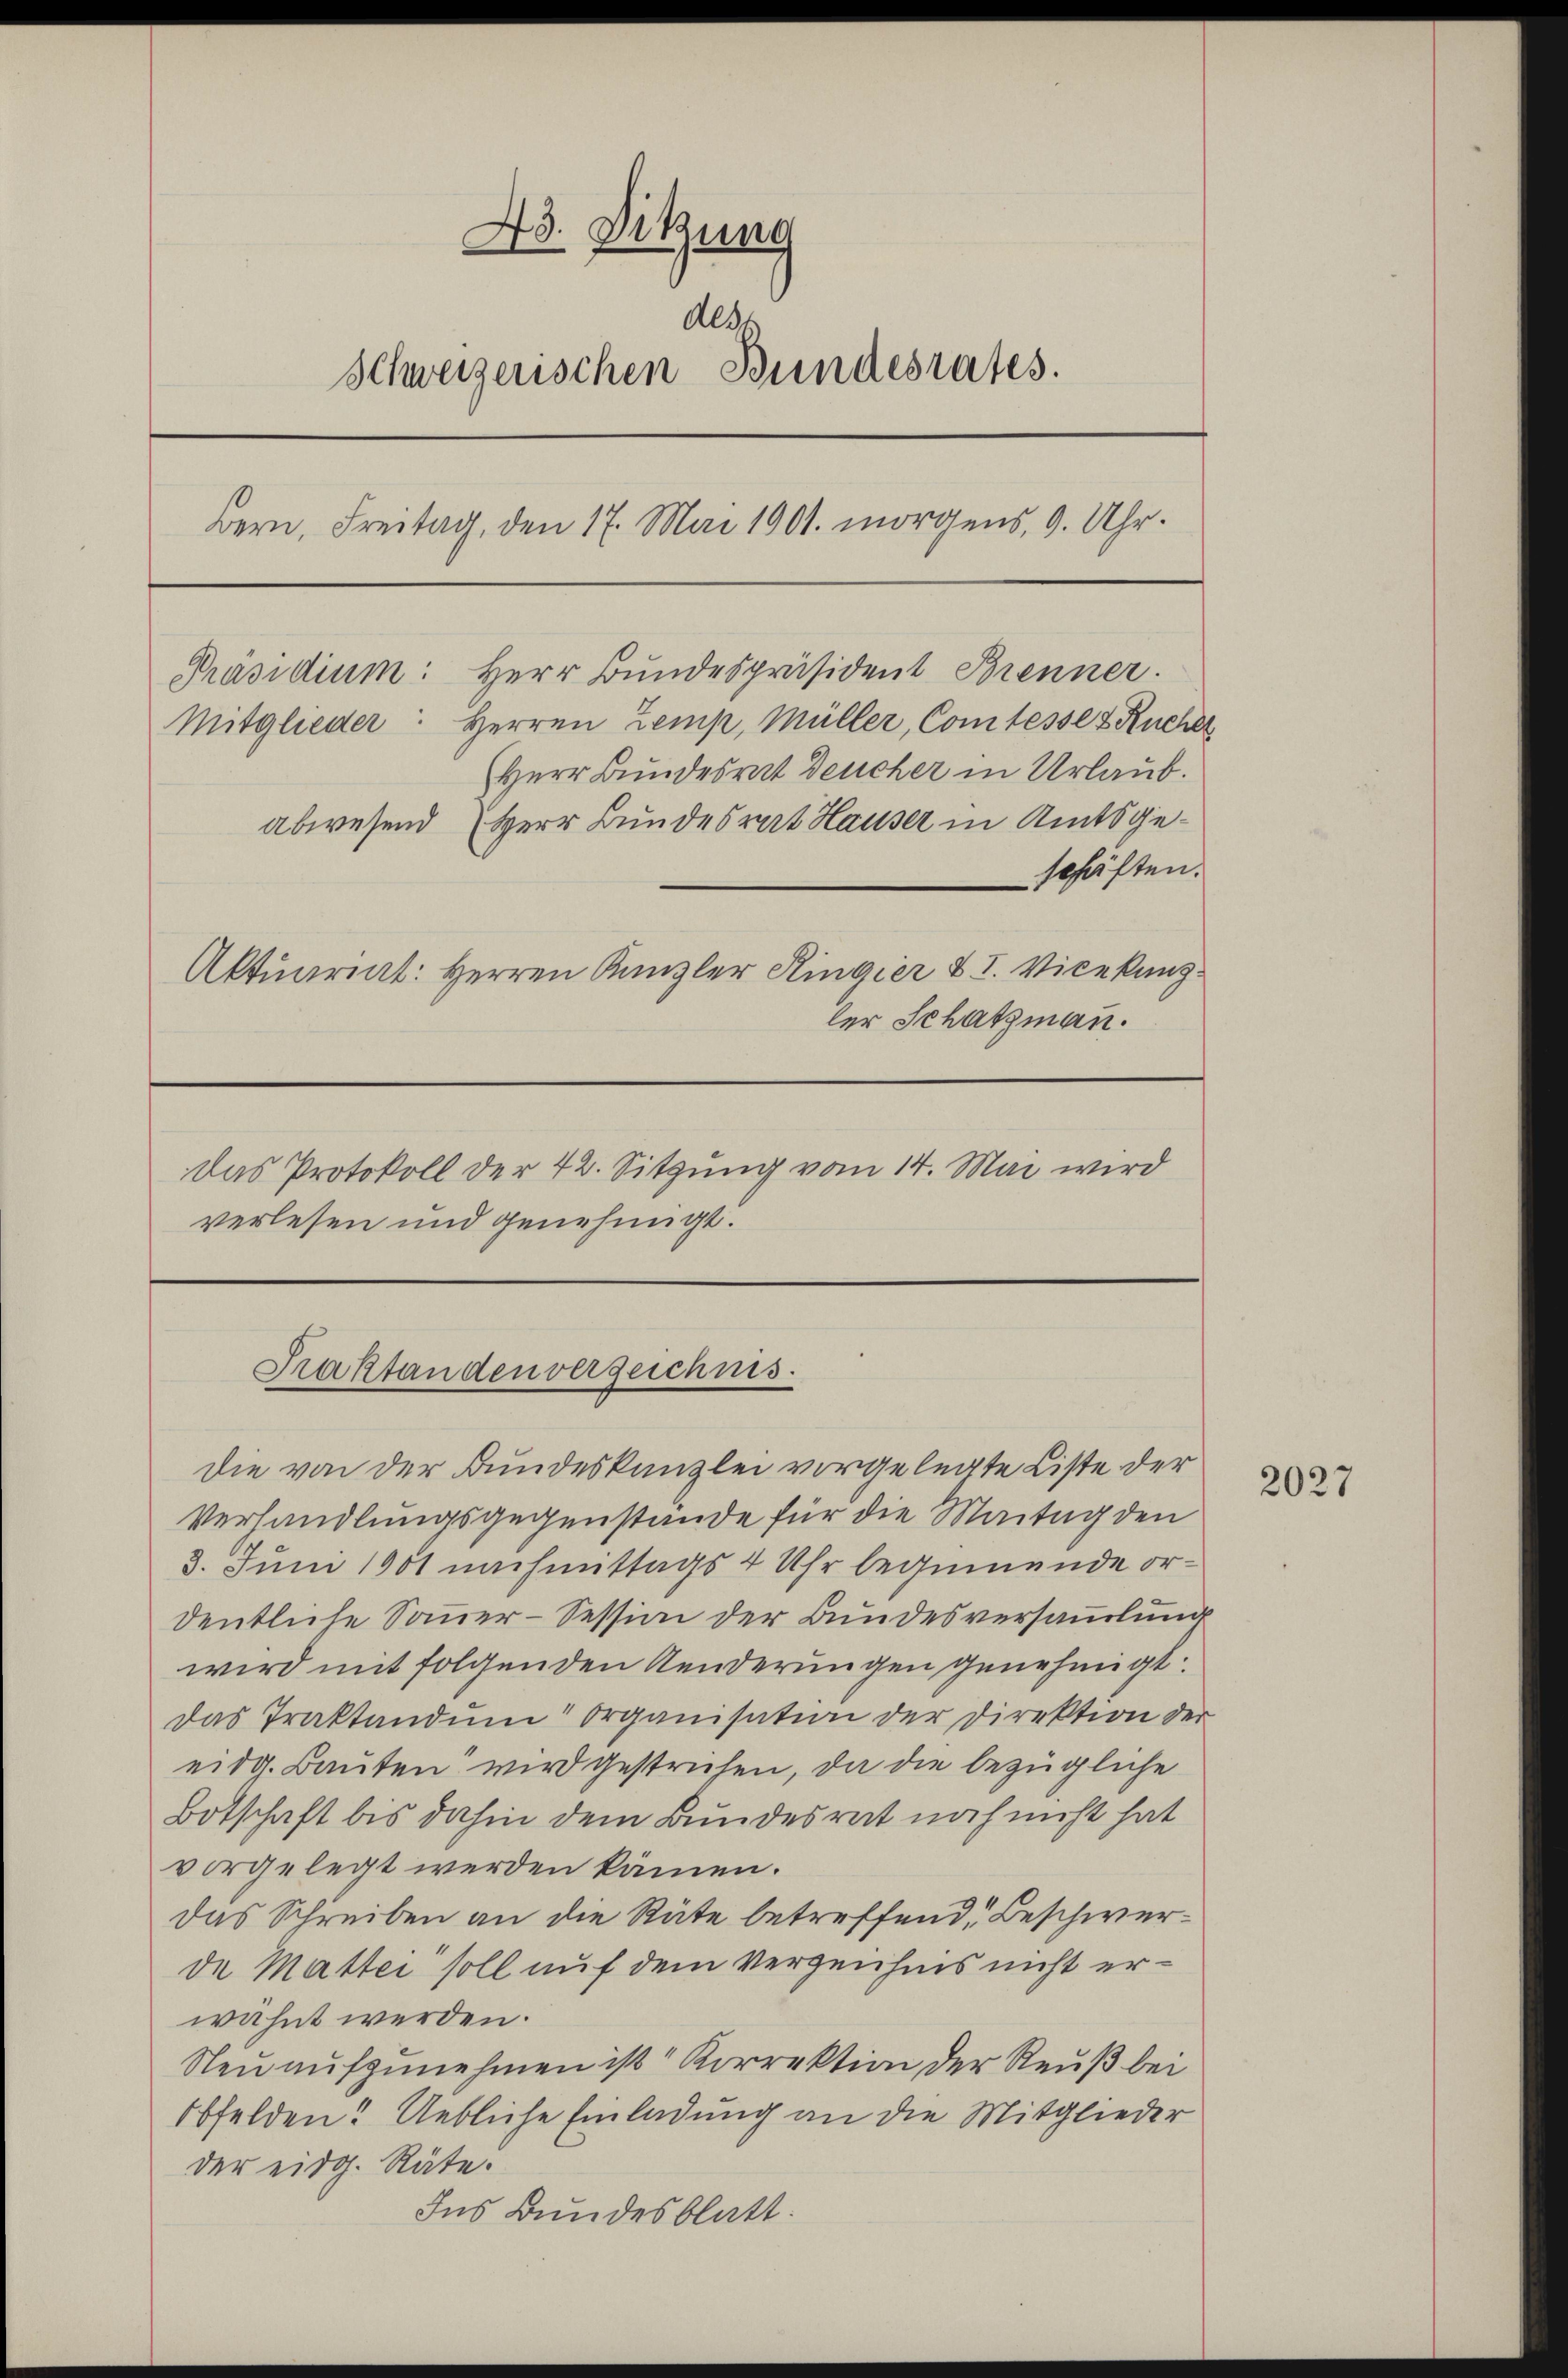
Präsidium: Herr Bundespräsident Brenner.

43. Sitzung
Als
Schweizerischen Bundesrates.
Bern, Freitag, den 17. Mai 1901. morgens, 9. Uhr.

Mitglieder: Herren Zemp, Müller, Comtesse & Rucher
Herr Bundesrat Deucher in Urlaub.
abwesend Herr Bundesrat Hauser in Amtsge¬
Aktuariat: Herren Kanzler Ringier u. I. Vicekanzler Schatzman.

verlesen und genehmigt.

Das Protokoll der 42. Sitzung vom 14. Mai wird

schäften.

Praktanden vergeichnis.

die von der Bundeskanzlei vorgelegte Liste der
Verhandlungsgegenstände für die Maitag den
8. Juni 1901 nachmittags 4 Uhr beginnende ordentliche Sammer-Session der Bundesversammlung
wird mit folgenden Aenderungen genehmigt.
das Traktandŭm" Organisation der Direktion der
eidg. Bauten wird gestrichen, da die bezügliche
Botschaft bis dahin dem Bundesrat noch nicht hat
vorgelegt werden kämen.
das Schreiben an die Räte betreffend, Beschwerde Matter soll auf dem Verzeichnis nicht erwähnt werden.
Neu aufzunehmen ist Korrektion der Reuß bei
Obfelden? Uebliche Einladung an die Mitglieder
der eidg. Räte.
Ins Bundesblatt.

2027